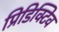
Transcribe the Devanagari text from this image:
प्रिडिक्टिव